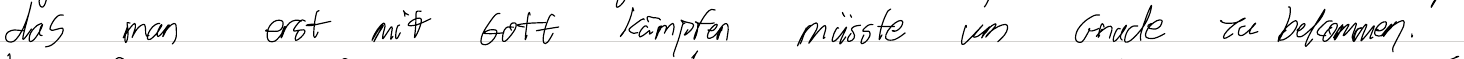
das man erst mit Gott kämpfen müsste um Gnade zu bekommen.